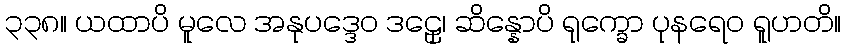
၃၃၈။ ယထာပိ မူလေ အနုပဒ္ဒေဝ ဒဠှေ၊ ဆိန္နောပိ ရုက္ခော ပုနရေဝ ရူဟတိ။